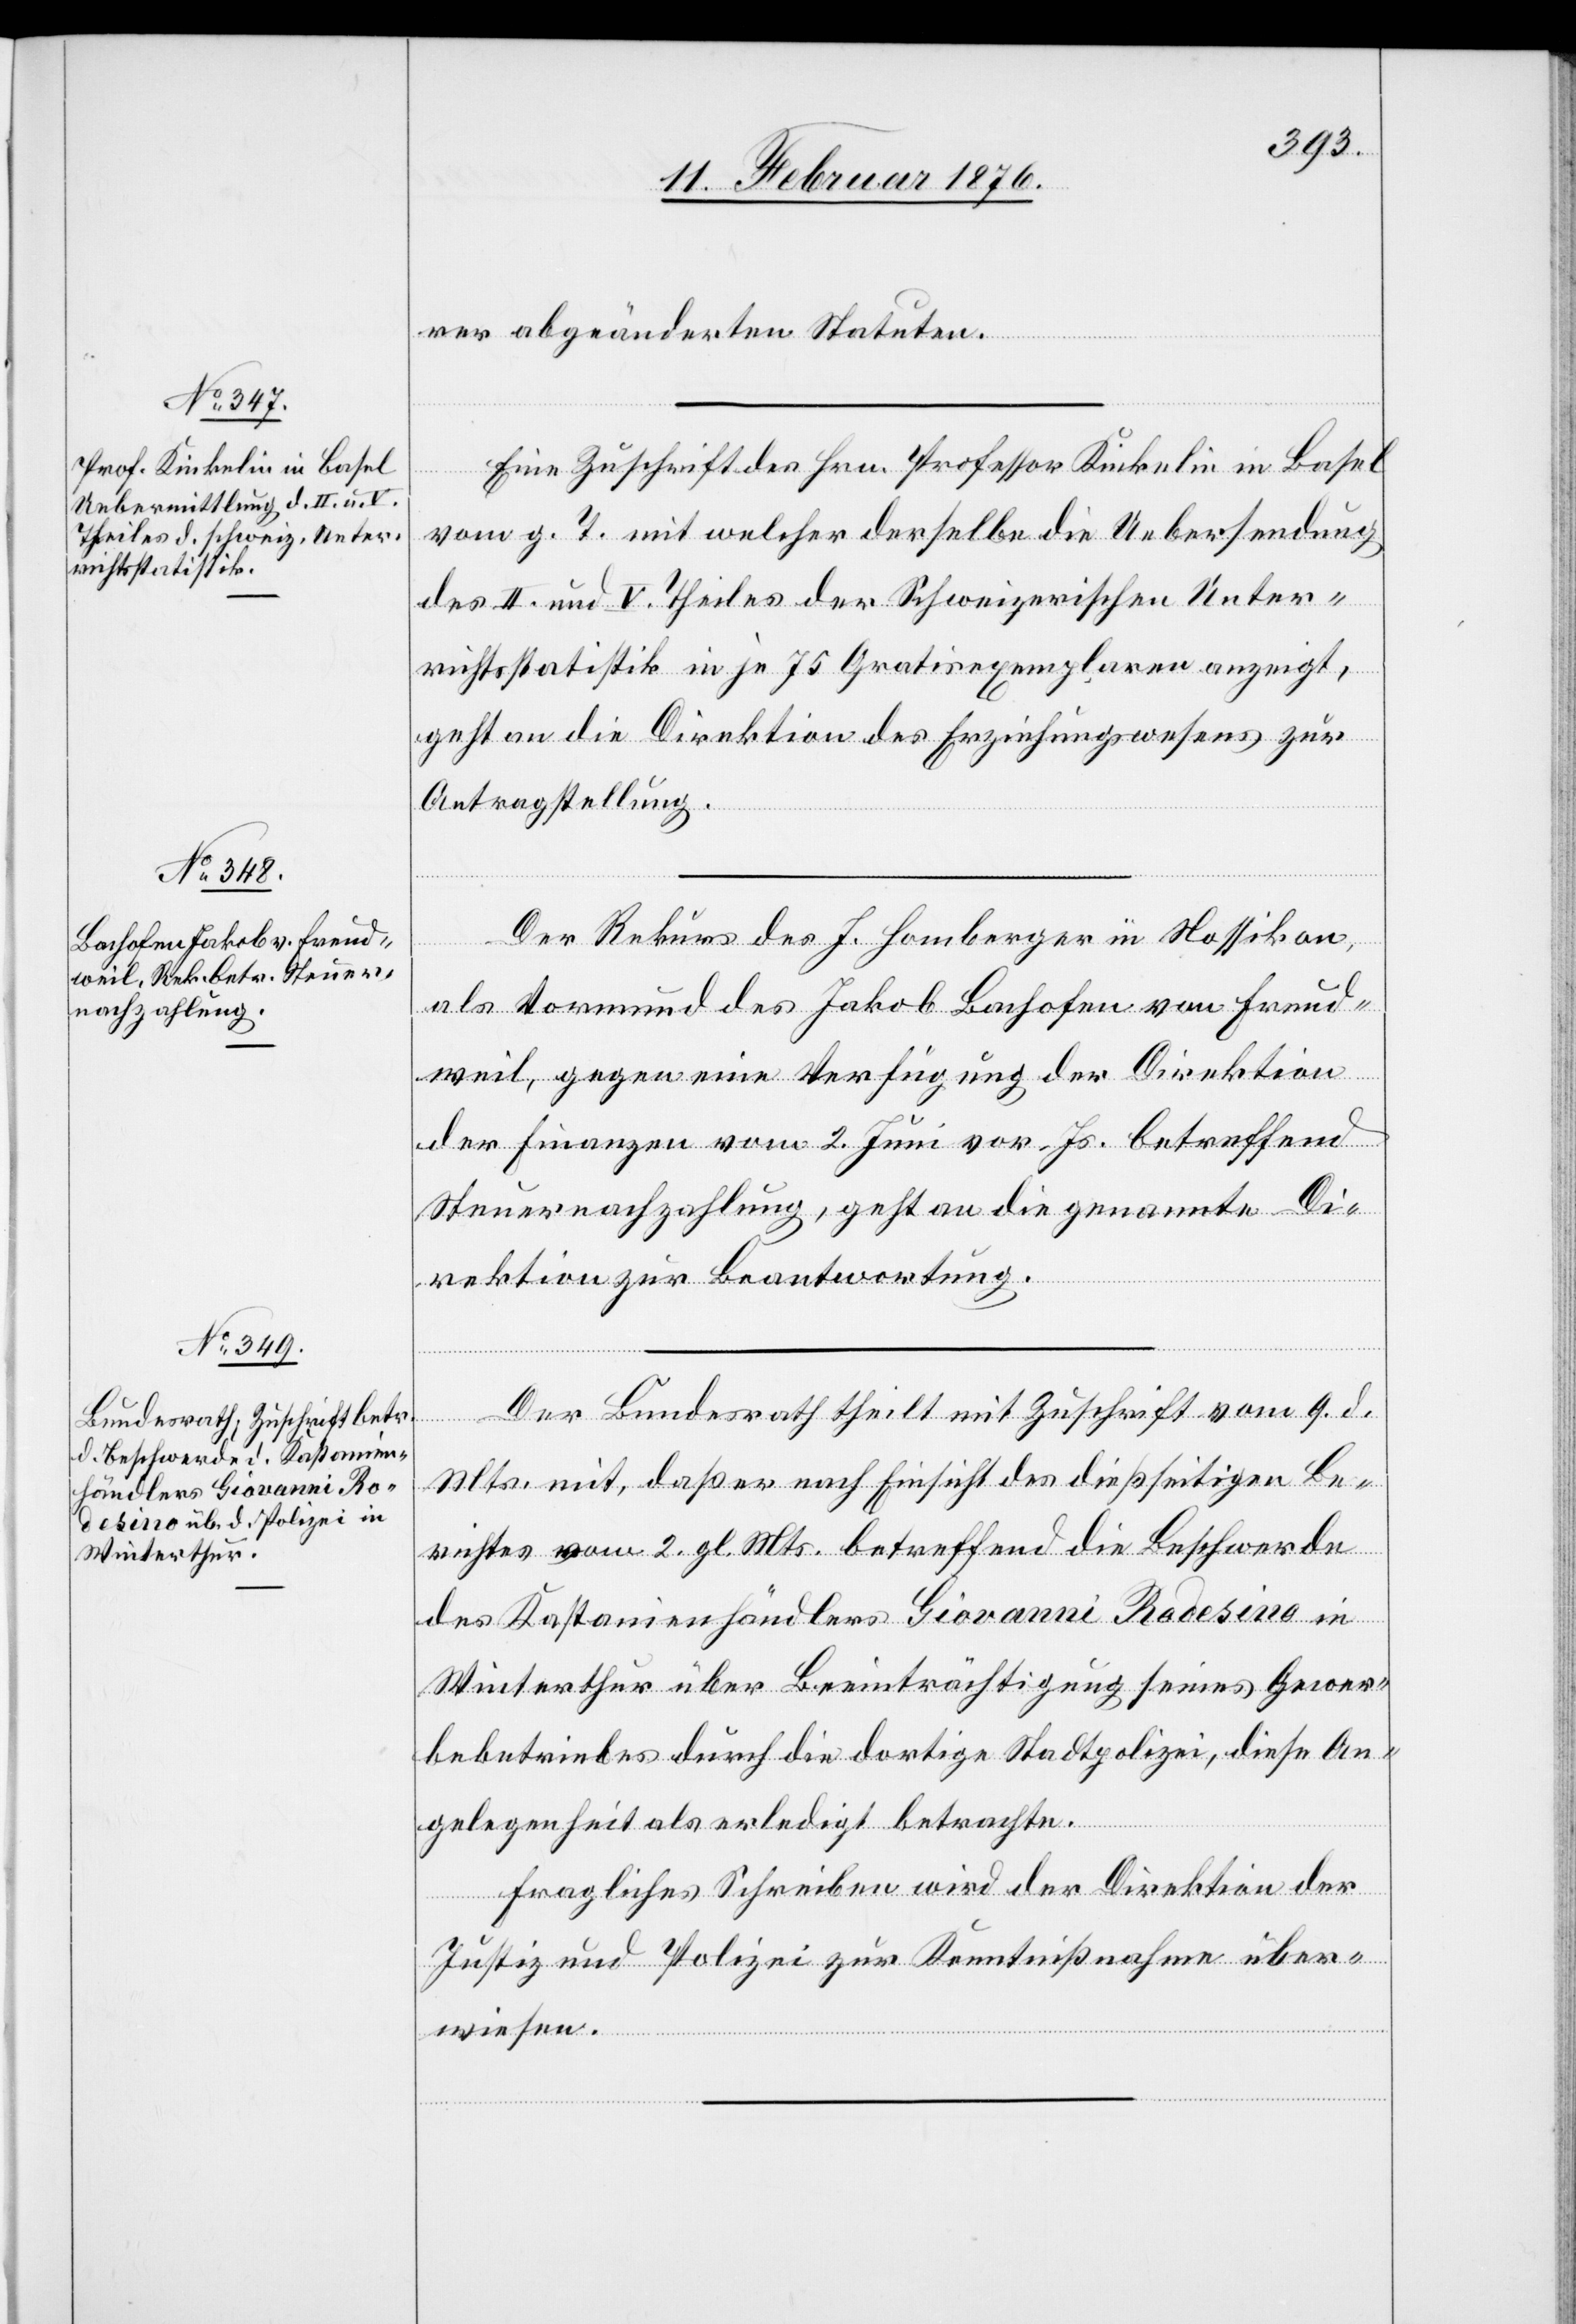
11. Februar 1876.]
rer abgeänderten Statuten.
[Fo¬
Eine Zuschrift des Hrn. Professor Kinkelin in Basel
vom g. T. mit welcher derselbe die Uebersendung
des II. und V. Theiles der Schweizerischen Unter¬
richtsstatistik in je 75 Gratisexemplaren anzeigt,
gen.
geht an die Direktion des Erziehungswesens zur
Antragstellung.
Der Rekurs des J. Homberger in Nossikon
rtsetzung
als Vormund des Jakob Bachofen von Freud¬
weil, gegen eine Verfügung der Direktion
der Finanzen vom 2. Juni vor. Js. betreffend
Steuernachzahlung, geht an die genannte Di¬
rektion zur Beantwortung.
Der Bundesrath theilt mit Zuschrift vom 9. d.
Mts. mit, daß er nach Einsicht des dießseitigen Be¬
richtes vom 2. gl. Mts. betreffend die Beschwerde
des Kastanienhändlers Giovanni Rodesino in
Winterthur über Beeinträchtigung seines Gewer¬
bebetriebes durch die dortige Stadtpolizei, diese Ab¬
gelegenheit als erledigt betrachte.
Fragliches Schreiben wird der Direktion der
Justiz und Polizei zur Kenntnißnahme über¬
wiesen.